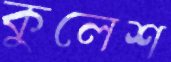
কুলেশ